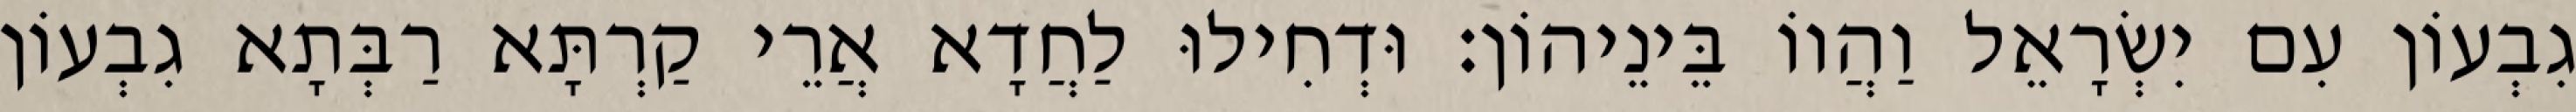
גִבְעוֹן עִם יִשְׂרָאֵל וַהֲווֹ בֵּינֵיהוֹן׃ וּדְחִילוּ לַחֲדָא אֲרֵי קַרְתָּא רַבְּתָא גִבְעוֹן